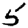
Digit: 5